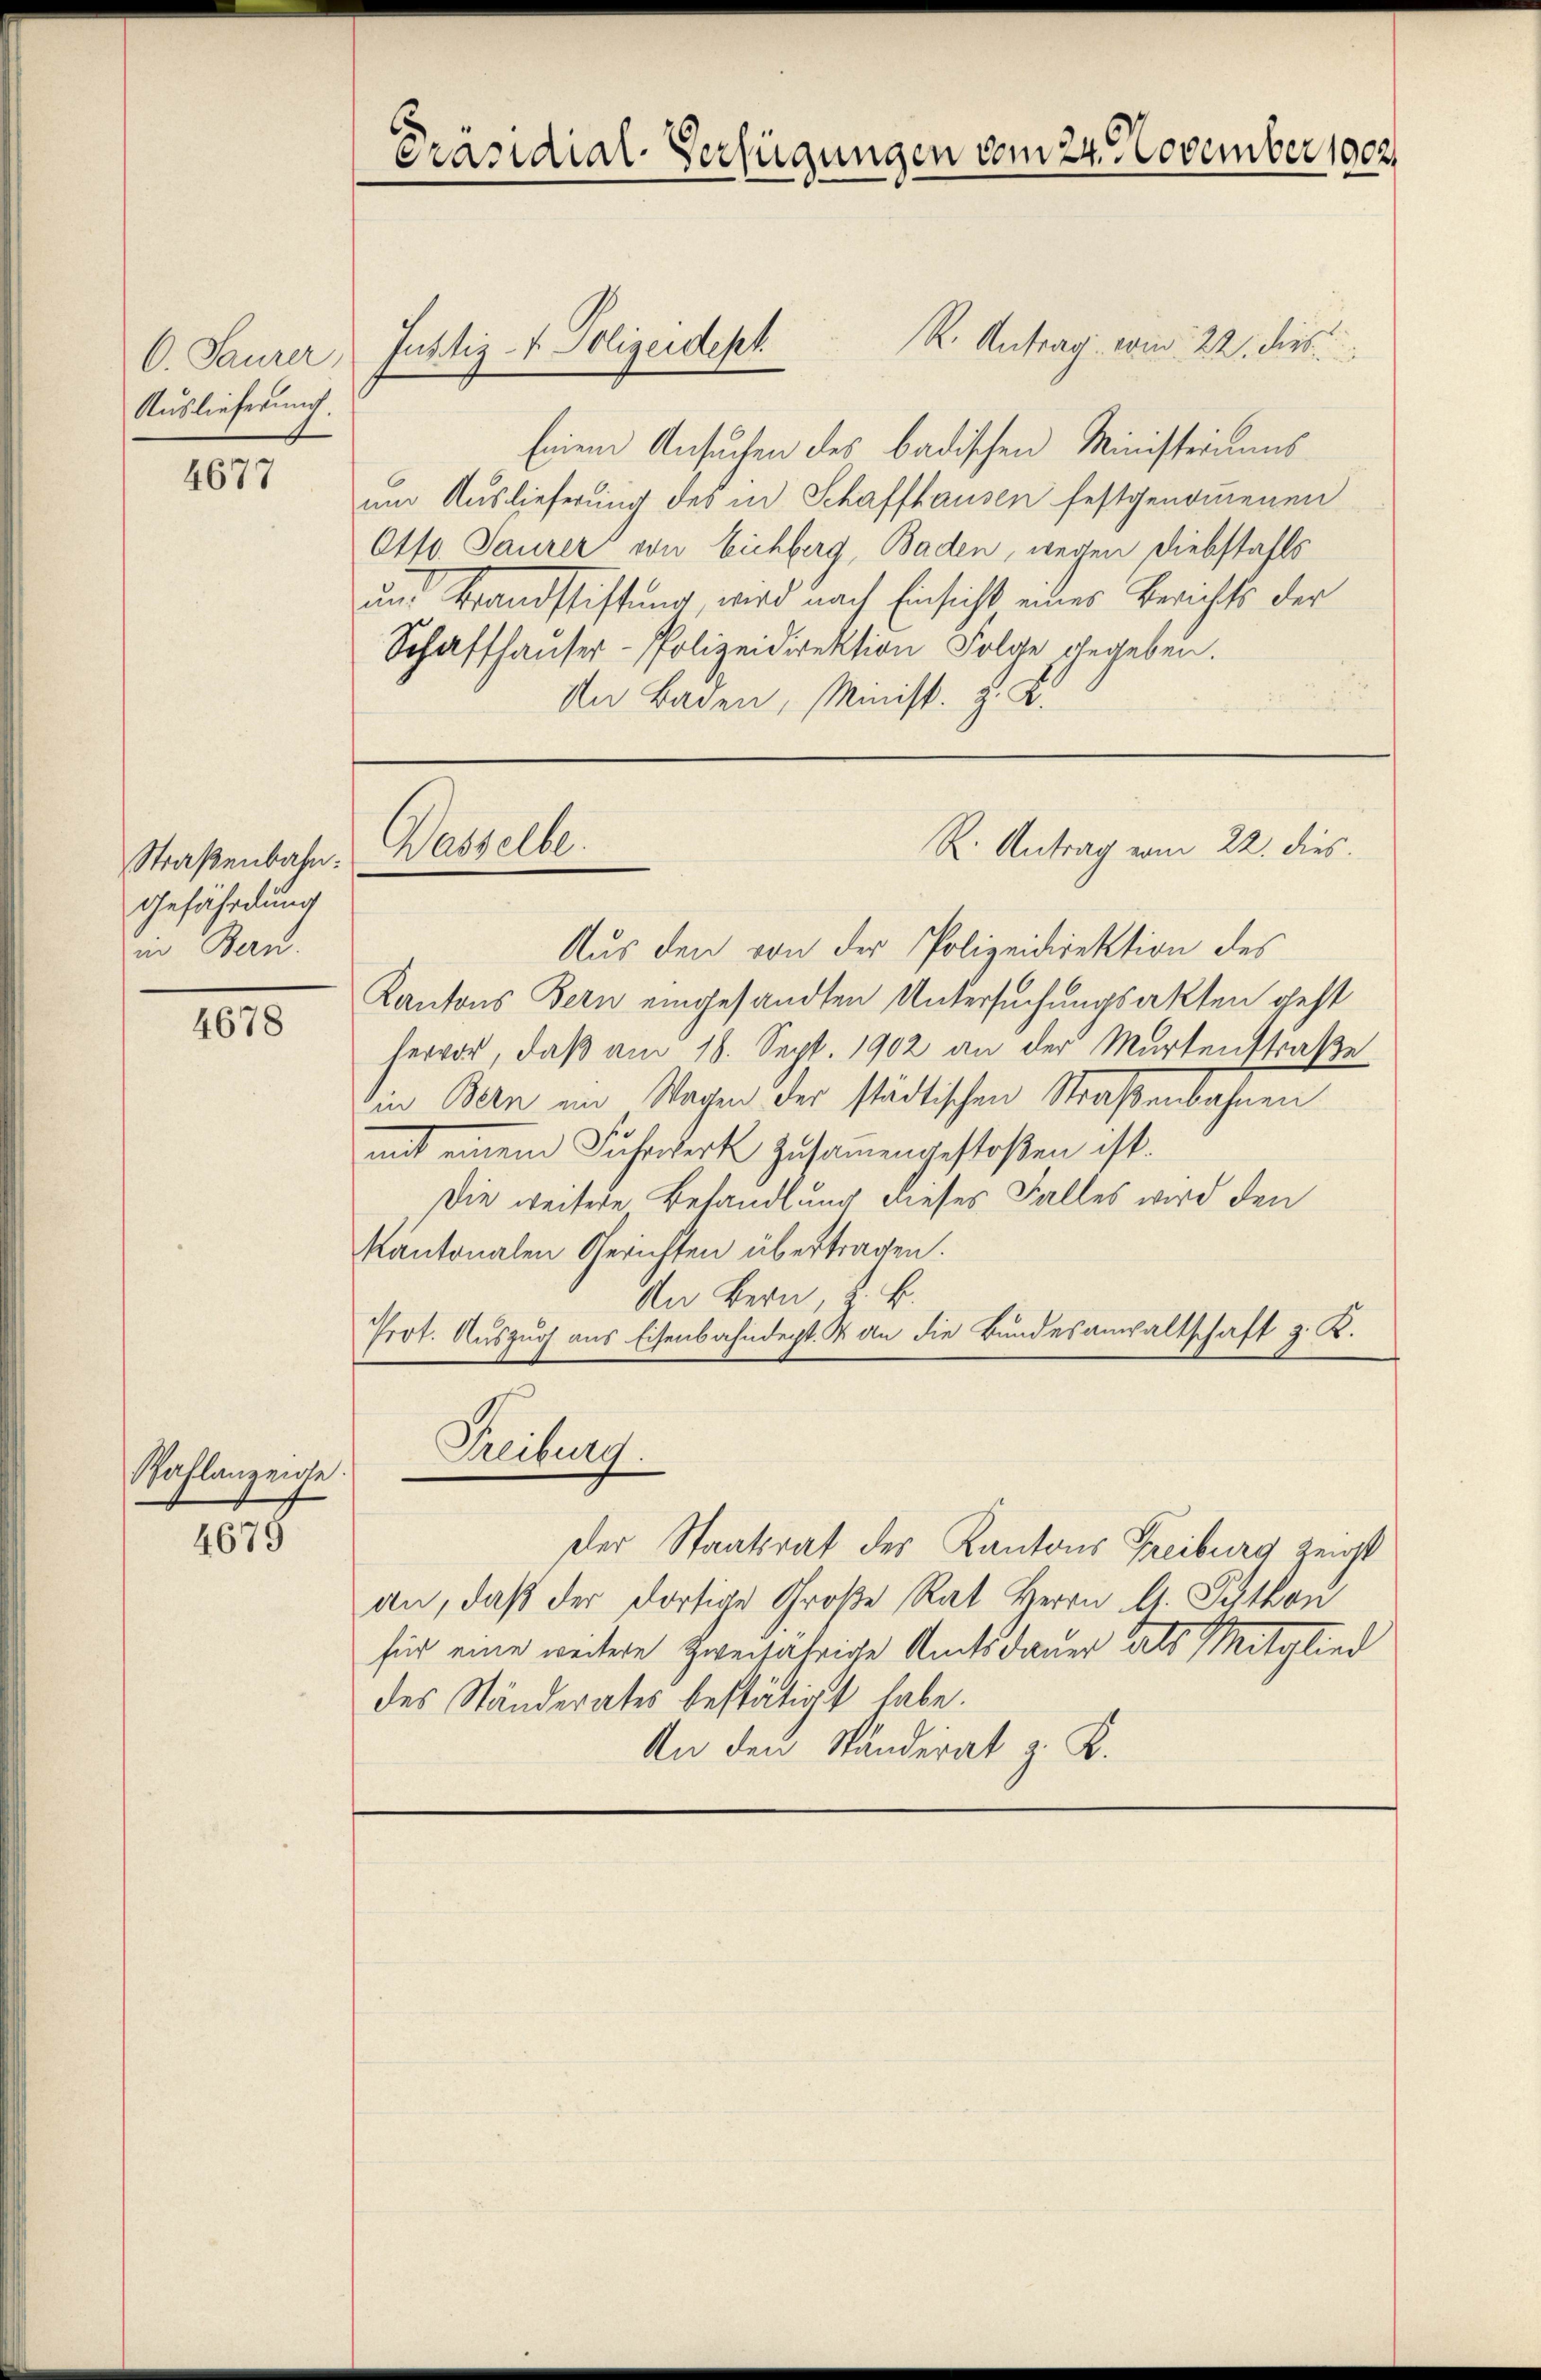
C. Saurer,
Auslieferung.

4677

Straßenbahn.
Gefährdung
in Bern.

4678

Wahlanzeige.

4679

R. Antrag vom 22. dies
Einem Ansuchen des badischen Ministriums
um Auslieferung des in Schaffhausen festgenommenen
Otto Saurer von Eichberg, Baden, wegen Diebstahls
und Brandstiftung wird nach Einsicht eines Berichts der
Schaffhauser - Polizeidirektion Folge gegeben.
In Baden, Minist. z. B.

Präsidial-Verfügungen vom 24. November 1902.

Justiz- & Polizeidept

Wasselbe.
R. Antrag vom 22. dies.

Aus den von der Polizeidirektion des
Kantons Bern eingesandten Untersuchungsakten geht
hervor, daß am 18. Sept. 1902 an der Martenstraße
in Bern im Wagen der städtischen Straßenbahnen
mit einem Fuhrwerk zusammengestoßen ist.
Die weitere Behandlung dieses Falles wird den
kantonalen Gerichten übertragen.
An Bern, z. B.
Prot. Auszug aus Eisenbahndecht. & an die Bundesanwaltschaft 3. K.

Treiburg.

Der Staatsrat des Kantons Freiburg zeigt
an, daß der dortige Große Rat Herrn A. Puthon
sich eine weitere zweijährige Amtsdauer als Mitglied
des Ständerates bestätigt habe.
An den Ständerat z. K.